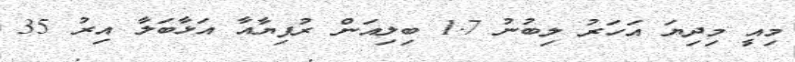
މިއީ މިދިޔަ އަހަރު ލިބުނު 1.7 ބިލިއަން ރުފިޔާއާ އަޅާބަލާ އިރު 35